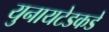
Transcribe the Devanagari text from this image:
युनायटेडकडे